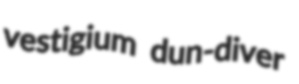
vestigium dun-diver